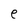
Character: e